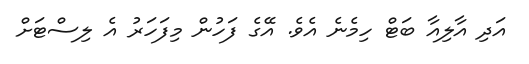
އަދި އާލިއާ ބަޓް ހިމެނެ އެވެ. އޭގެ ފަހުން މިފަހަރު އެ ލިސްޓަށް